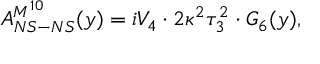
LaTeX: A _ { N S - N S } ^ { M ^ { 1 0 } } ( y ) = i V _ { 4 } \cdot 2 \kappa ^ { 2 } \tau _ { 3 } ^ { 2 } \cdot G _ { 6 } ( y ) ,